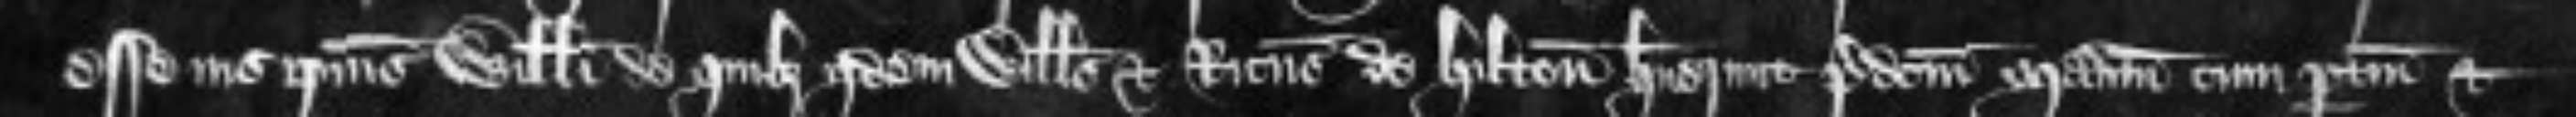
esse ius ipsius Willelmi de quibus iidem Willelmus et Ricardus de Hilton habuerunt predictum manerium cum pertinenciis et